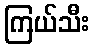
ကြယ်သီး